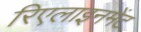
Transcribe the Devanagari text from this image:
रिएलाइनमेंट